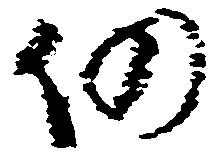
仍